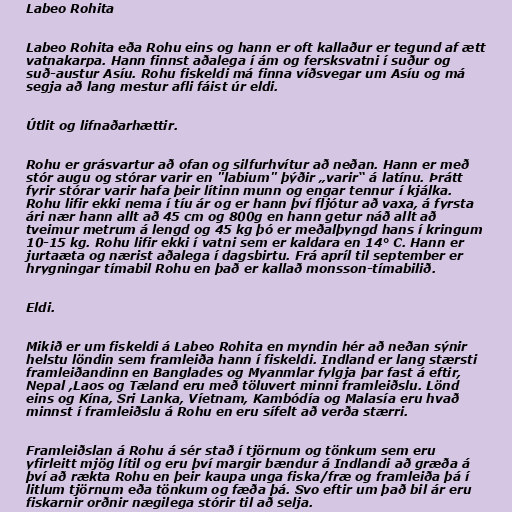
Labeo Rohita

Labeo Rohita eða Rohu eins og hann er oft kallaður er tegund af ætt
vatnakarpa. Hann finnst aðalega í ám og fersksvatni í suður og
suð-austur Asíu. Rohu fiskeldi má finna víðsvegar um Asíu og má
segja að lang mestur afli fáist úr eldi.

Útlit og lifnaðarhættir.

Rohu er grásvartur að ofan og silfurhvítur að neðan. Hann er með
stór augu og stórar varir en "labium" þýðir „varir“ á latínu. Þrátt
fyrir stórar varir hafa þeir lítinn munn og engar tennur í kjálka.
Rohu lifir ekki nema í tíu ár og er hann því fljótur að vaxa, á fyrsta
ári nær hann allt að 45 cm og 800g en hann getur náð allt að
tveimur metrum á lengd og 45 kg þó er meðalþyngd hans í kringum
10-15 kg. Rohu lifir ekki í vatni sem er kaldara en 14° C. Hann er
jurtaæta og nærist aðalega í dagsbirtu. Frá apríl til september er
hrygningar tímabil Rohu en það er kallað monsson-tímabilið.

Eldi.

Mikið er um fiskeldi á Labeo Rohita en myndin hér að neðan sýnir
helstu löndin sem framleiða hann í fiskeldi. Indland er lang stærsti
framleiðandinn en Banglades og Myanmlar fylgja þar fast á eftir,
Nepal ,Laos og Tæland eru með töluvert minni framleiðslu. Lönd
eins og Kína, Sri Lanka, Víetnam, Kambódía og Malasía eru hvað
minnst í framleiðslu á Rohu en eru sífelt að verða stærri.

Framleiðslan á Rohu á sér stað í tjörnum og tönkum sem eru
yfirleitt mjög lítil og eru því margir bændur á Indlandi að græða á
því að rækta Rohu en þeir kaupa unga fiska/fræ og framleiða þá í
litlum tjörnum eða tönkum og fæða þá. Svo eftir um það bil ár eru
fiskarnir orðnir nægilega stórir til að selja.